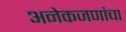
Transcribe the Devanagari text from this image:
अनेकजणांचा